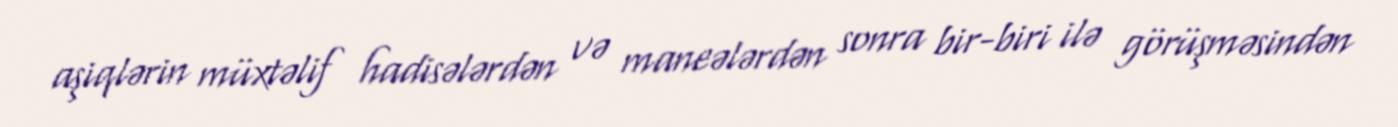
aşiqlərin müxtəlif hadisələrdən və maneələrdən sonra bir-biri ilə görüşməsindən